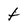
Character: t